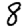
Digit: 8